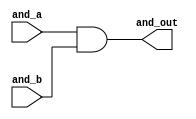
`timescale 1ns / 1ps
//////////////////////////////////////////////////////////////////////////////////
// Company: 
// Engineer: 
// 
// Design Name: 
// Module Name:    and_gate 
// Project Name: 
// Target Devices: 
// Tool versions: 
// Description: 
//
// Dependencies: 
//
// Revision: 
// Revision 0.01 - File Created
// Additional Comments: 
//
//////////////////////////////////////////////////////////////////////////////////
module and_gate(
	input and_a,
	input and_b,
	output and_out
);

assign and_out = and_a & and_b;


endmodule